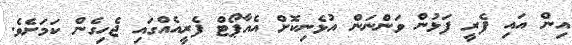
އިން އައި ފެރީ ފަޅުން ވަންނަން އުޅެނިކޮށް އެއާޕޯޓް ފެރީއެއްގައި ޖެހިގެން ކަމަށެވެ.